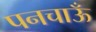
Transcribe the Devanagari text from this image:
पनचाऊँ